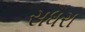
સધરા